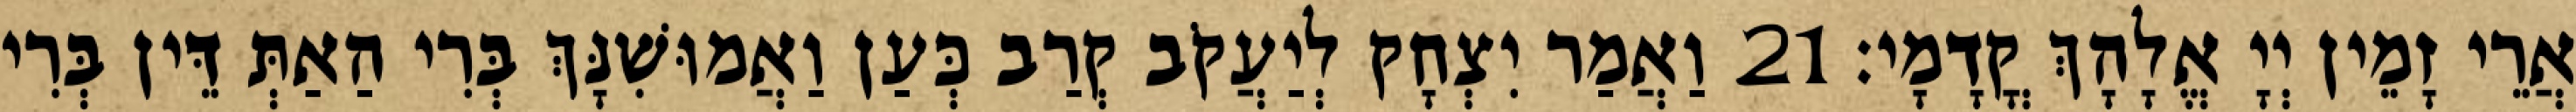
אֲרֵי זָמֵין יְיָ אֱלָהָךְ קֳדָמָי׃ 21 וַאֲמַר יִצְחָק לְיַעֲקֹב קְרַב כְּעַן וַאֲמוּשִׁנָּךְ בְּרִי הַאַתְּ דֵּין בְּרִי